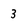
Character: 3